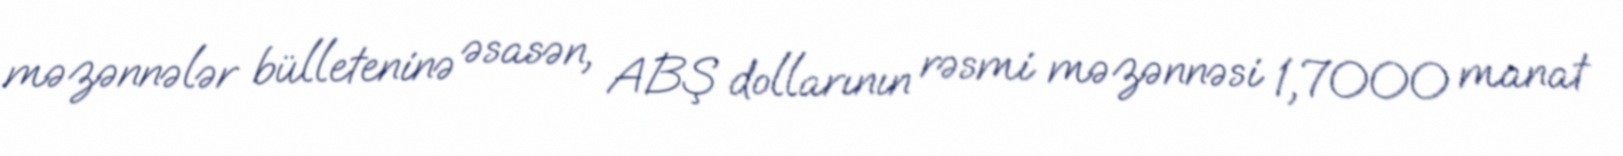
məzənnələr bülleteninə əsasən, ABŞ dollarının rəsmi məzənnəsi 1,7000 manat